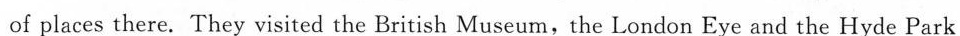
of places there. They visited the British Museum,the London Eye and the Hyde Park